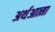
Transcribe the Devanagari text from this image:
अर्थआत्मा